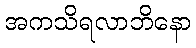
အကသိရလာဘိနော